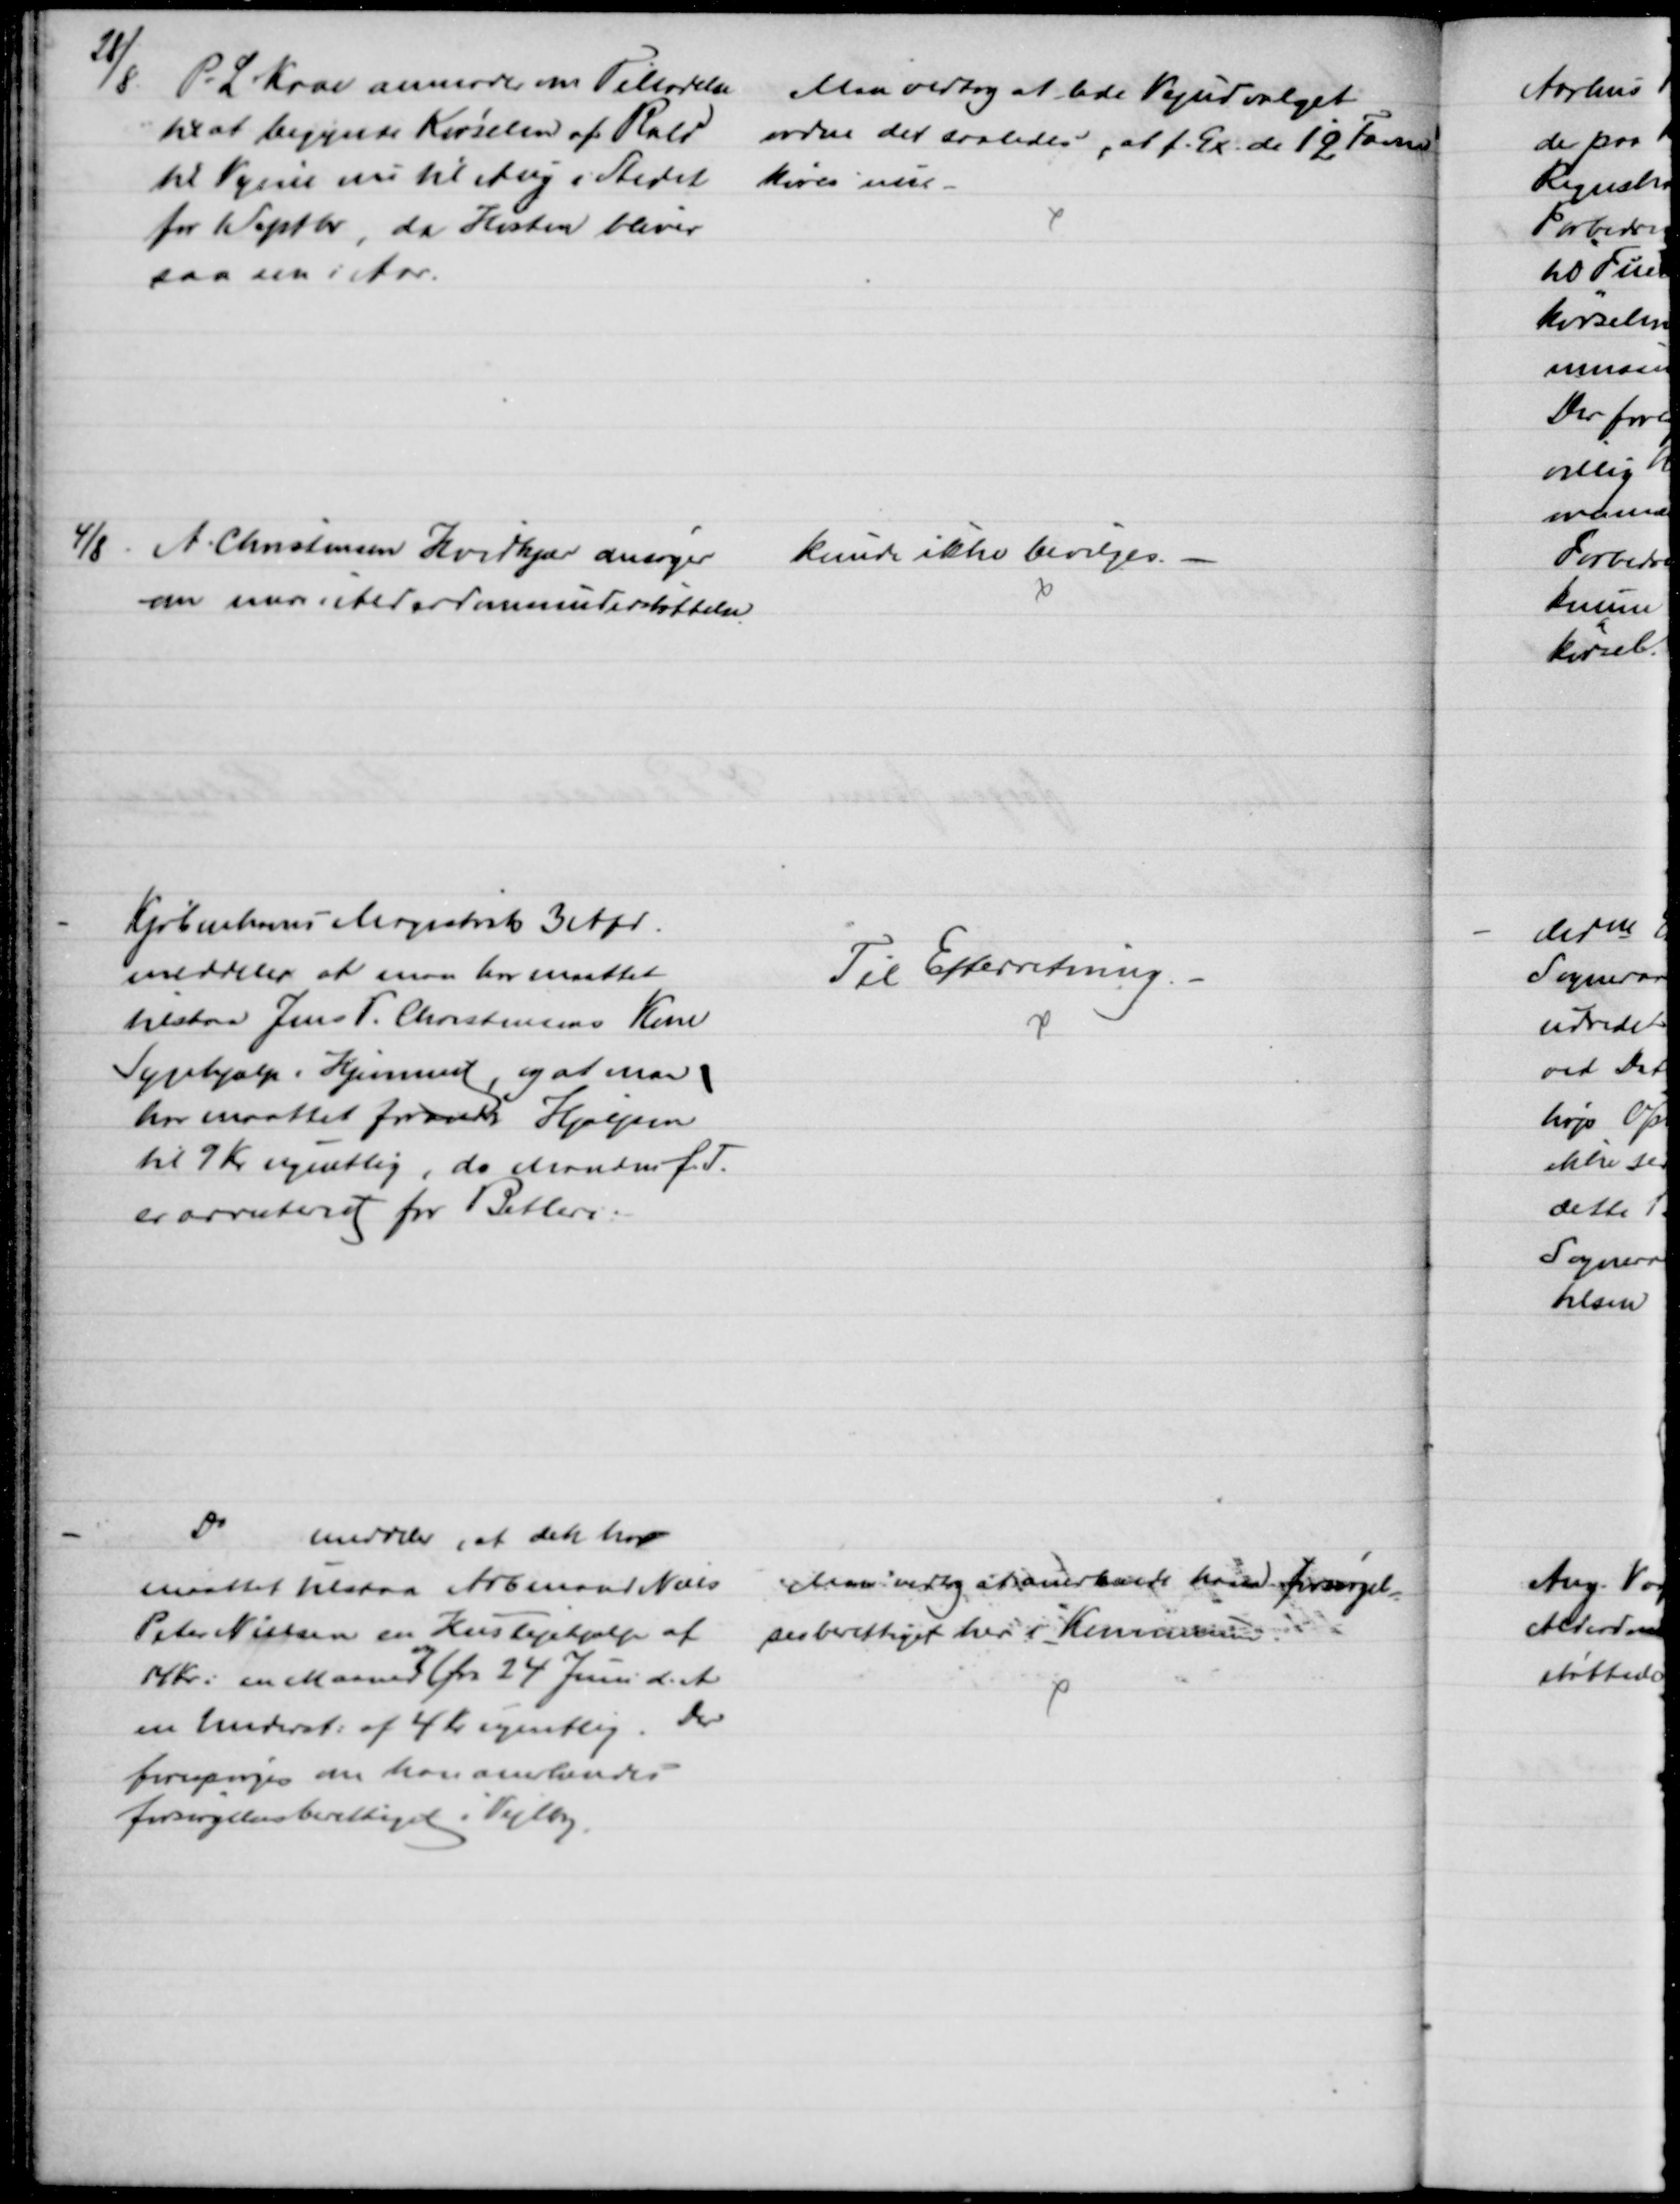
Transskription:
28/8
P.L Kaae anmoder om Tilladelse
til at begynde Kørselen af Rald
til Vejene nu til Aug i Stedet
for Septbr, da Høsten bliver
saa sen i Aar.
Maa vedtog at lade Vejudvalget
ordne det saaledes, at f. Ex. de 12 Favne
køres nu
4/8 A. Christensen Hvidkjær ansøger
om mere i Alderdomsunderstøttelse
kunde ikke bevilges.
Kjøbenhavns Magistrats 3 Afd.
meddeler at man har maattet
tilstaa Jens P. Christensens Kone
Sygehjælp i Hjemmet, og at man
har maattet forandre Hjælpen
til 9 Kr ugentlig, da Manden f. T.
er arresteret for Betleri.
Til Efterretning.
Do
meddeler, at den har
maattet tilstaa Arbmand Niels
Peter Nielsen en Huslejehjælp af
14 Kr i en Maaned 
og
fra 24 Juni d. A.
en Underst. af 4 Kr ugentlig. Der
forespørges om han anerkendes
forsørgelsesberettiget i Vejlby.
Man vedtog at anerkende ham forsørgel-
sesberettiget her i Kommunen